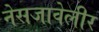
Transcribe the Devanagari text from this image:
नेसजावेलीर